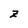
Character: Z